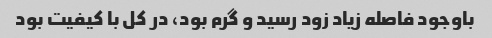
باوجود فاصله زیاد زود رسید و گرم بود، در کل با کیفیت بود